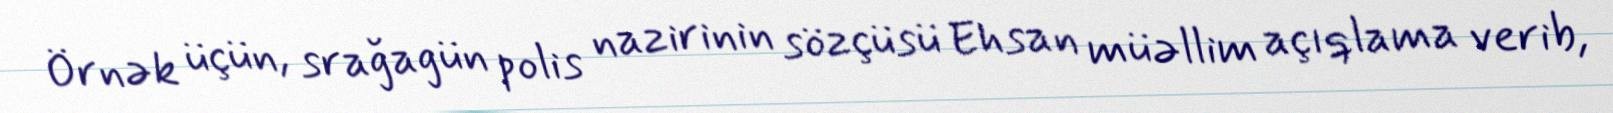
Örnək üçün, srağagün polis nazirinin sözçüsü Ehsan müəllim açıqlama verib,